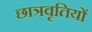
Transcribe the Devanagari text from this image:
छात्रवृतियों